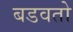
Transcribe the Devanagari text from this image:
बडवतो